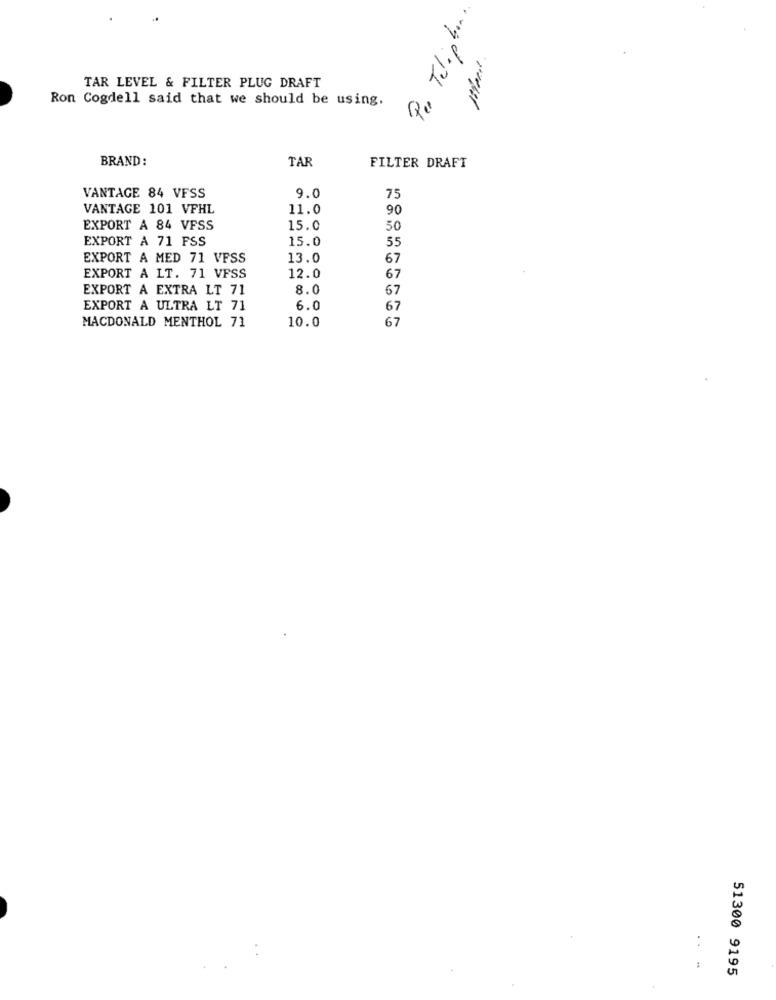
Per Telephon.
TAR LEVEL & FILTER PLUG DRAFT
Ron Cogdell said that we should be using.
BRAND:
TAR
FILTER DRAFT
VANTAGE 84 VFSS
9.0
75
VANTAGE 101 VFHL
11.0
90
EXPORT A 84 VFSS
15.0
50
EXPORT A 71 FSS
15.0
55
EXPORT A MED 71 VFSS
13.0
67
EXPORT A LT. 71 VFSS
12.0
67
EXPORT A EXTRA LT 71
8.0
67
EXPORT A ULTRA LT 71
6.0
67
MACDONALD MENTHOL 71
10.0
67
. .
51300 9195